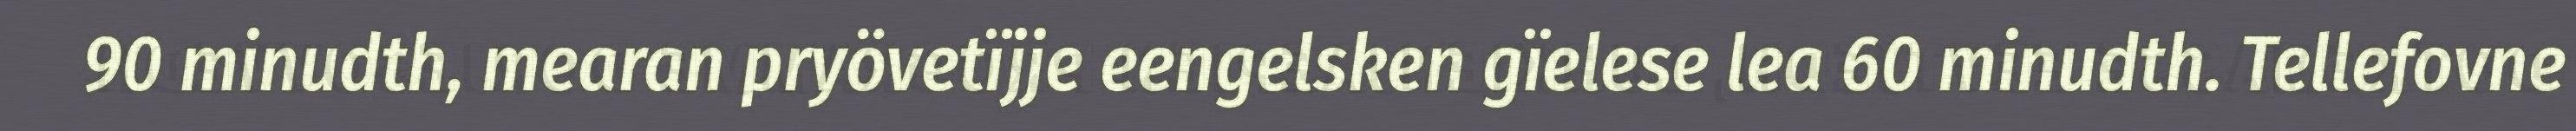
90 minudth, mearan pryövetïjje eengelsken gïelese lea 60 minudth. Tellefovne